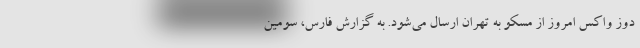
دوز واکس امروز از مسکو به تهران ارسال می‌شود. به گزارش فارس، سومین